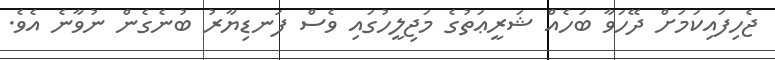
ޖެހިފައިކަމަށް ދޭހަވާ ބަހެއް ޝަރީޢަތުގެ މަޖިލީހުގައި ވެސް ފަނޑިޔާރު ބުނެގެން ނުވާނެ އެވެ.